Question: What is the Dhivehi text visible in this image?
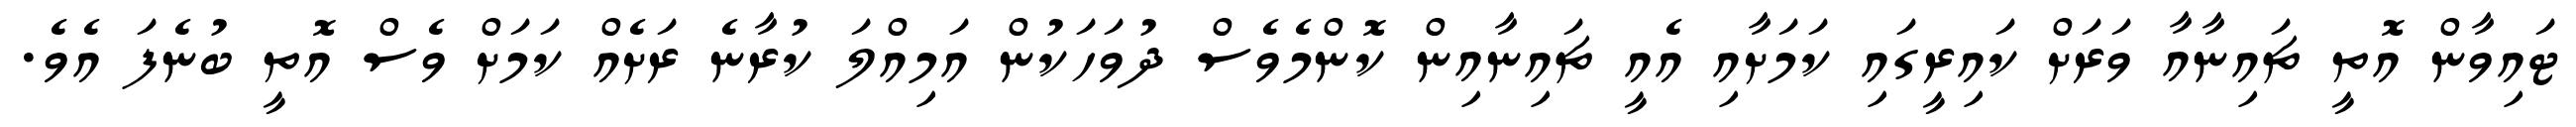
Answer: ޓައިވާން އޮތީ ޗައިނާއާ ވަރަށް ކައިރީގައި ކަމަށާއި އެއީ ޗައިނާއިން ކޮންމެވެސް ދުވަހަކުން އަމިއްލަ ކުރާނެ ރަށެއް ކަމަށް ވެސް އޮތީ ބުނެފަ އެވެ.